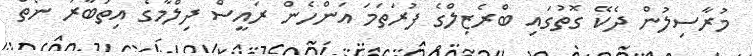
މުރާސިލުން ދެކޭ ގޮތުގައި ބްރެޒިލްގެ ފުރަތަމަ އަންހެން ރައީސް ދިލްމާގެ އިތުބާރު ނެތް